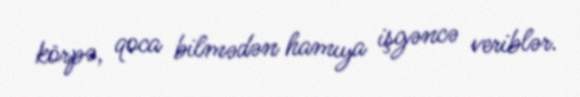
körpə, qoca bilmədən hamıya işgəncə veriblər.